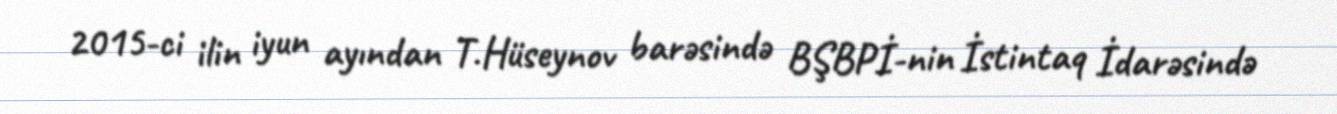
2015-ci ilin iyun ayından T.Hüseynov barəsində BŞBPİ-nin İstintaq İdarəsində